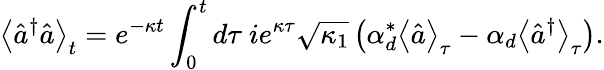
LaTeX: \left\langle\hat{a}^{\dagger}\hat{a}\right\rangle_{t}=e^{-\kappa t}\int_{0}^{t}d\tau\ ie^{\kappa\tau}\sqrt{\kappa_{1}}\left(\alpha_{d}^{*}\left\langle\hat{a}\right\rangle_{\tau}-\alpha_{d}\left\langle\hat{a}^{\dagger}\right\rangle_{\tau}\right).